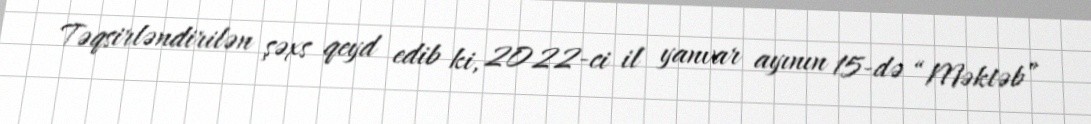
Təqsirləndirilən şəxs qeyd edib ki, 2022-ci il yanvar ayının 15-də “Məktəb”